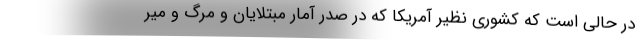
در حالی است که کشوری نظیر آمریکا که در صدر آمار مبتلایان و مرگ و میر